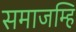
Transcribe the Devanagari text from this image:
समाजम्हि